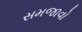
સમજાવો